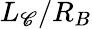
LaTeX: L_{\mathscr{C}}/R_{B}